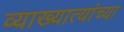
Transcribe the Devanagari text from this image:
व्याख्यात्यांच्या